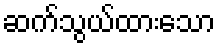
ဆက်သွယ်ထားသော